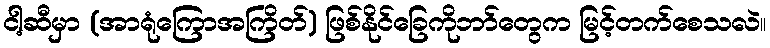
ငါ့ဆီမှာ (အာရုံကြောအကြိတ်) ဖြစ်နိုင်ခြေကိုဘာ်တွေက မြင့်တက်စေသလဲ။